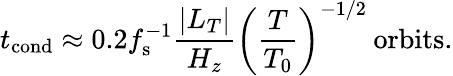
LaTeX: t_{\mathrm{cond}}\approx 0.2f_{\mathrm{s}}^{-1}\frac{|L_{T}|}{H_{z}}\left(\frac{T}{T_{0}}\right)^{-1/2}\: \mathrm{{orbits}.}